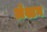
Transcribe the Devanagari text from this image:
ॲश्टन